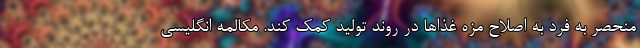
منحصر به فرد به اصلاح مزه غذاها در روند تولید کمک کند. مکالمه انگلیسی